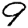
Digit: 9